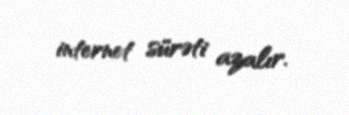
internet sürəti azalır.